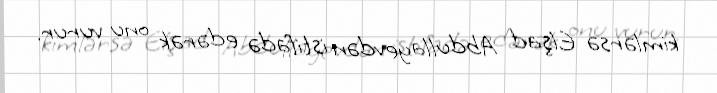
kimlərsə Elşad Abdullayevdən istifadə edərək onu vurur.